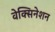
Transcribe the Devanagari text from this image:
वेक्सिनेशन